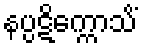
နပ္ပဋိက္ကောသိံ